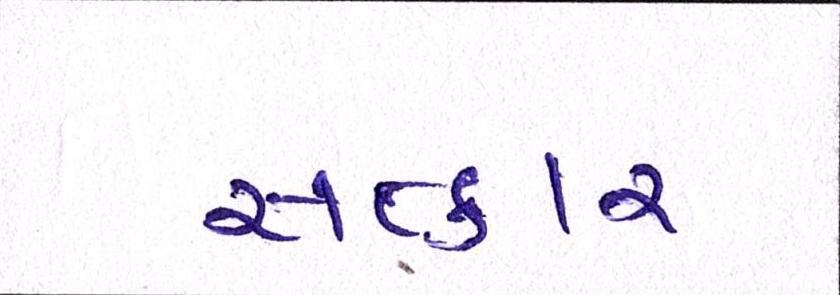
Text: સત્કાર